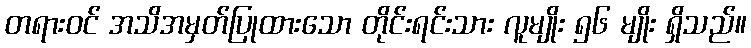
တရားဝင် အသိအမှတ်ပြုထားသော တိုင်းရင်းသား လူမျိုး ၅၆ မျိုး ရှိသည်။